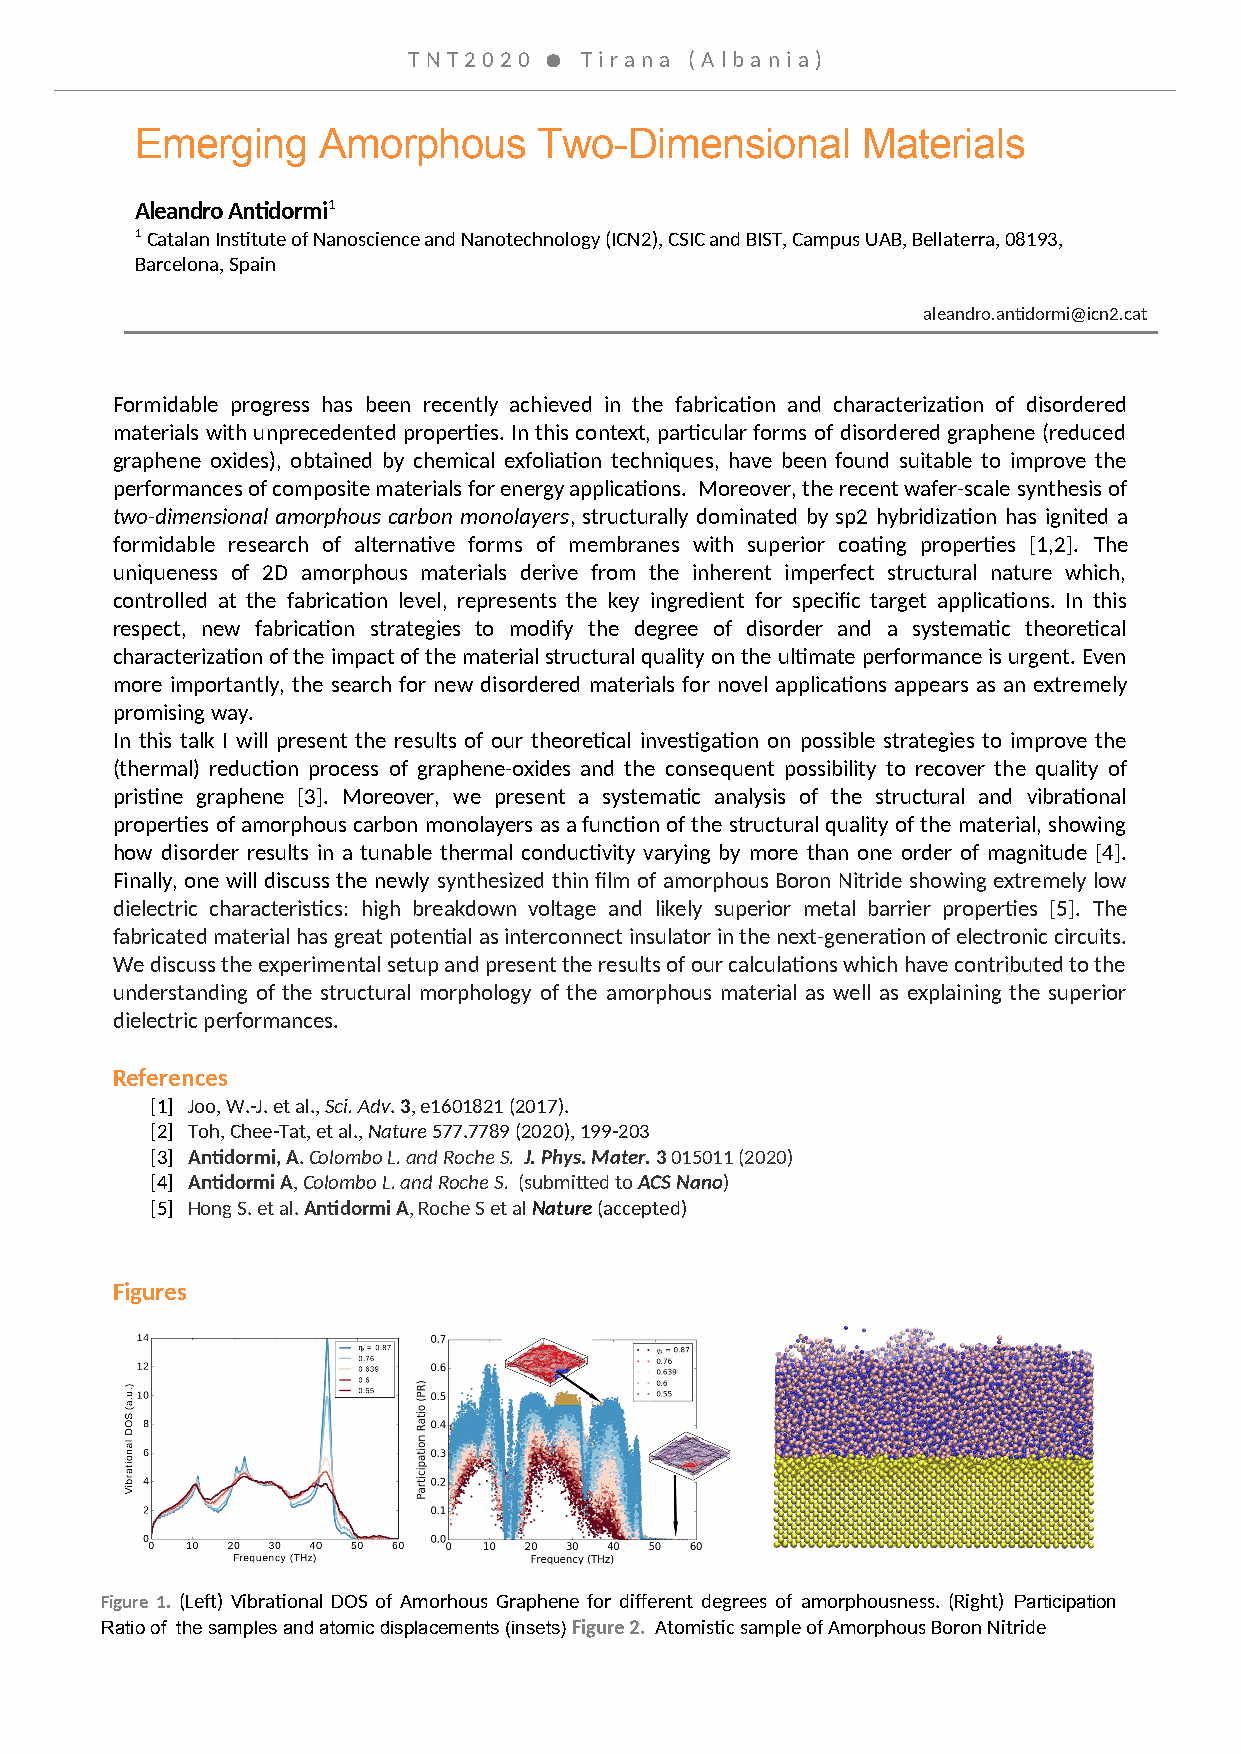
TNT 20 2 0  T ira na (A lb a n ia )
 Emerging    Amorphous      Two-Dimensional      Materials
 Aleandro Antidormi1
 1 Catalan Institute of Nanoscience and Nanotechnology (ICN2), CSIC and BIST, Campus UAB, Bellaterra, 08193,
 Barcelona, Spain
 aleandro.antidormi@icn2.cat
 Formidable progress has been recently achieved in the fabrication and characterization of disordered
 materials with unprecedented properties. In this context, particular forms of disordered graphene (reduced
 graphene oxides), obtained by chemical exfoliation techniques, have been found suitable to improve the
 performances of composite materials for energy applications. Moreover, the recent wafer-scale synthesis of
 two-dimensional amorphous carbon monolayers, structurally dominated by sp2 hybridization has ignited a
 formidable research of alternative forms of membranes with superior coating properties [1,2]. The
 uniqueness of 2D amorphous materials derive from the inherent imperfect structural nature which,
 controlled at the fabrication level, represents the key ingredient for specific target applications. In this
 respect, new fabrication strategies to modify the degree of disorder and a systematic theoretical
 characterization of the impact of the material structural quality on the ultimate performance is urgent. Even
 more importantly, the search for new disordered materials for novel applications appears as an extremely
 promising way.
 In this talk I will present the results of our theoretical investigation on possible strategies to improve the
 (thermal) reduction process of graphene-oxides and the consequent possibility to recover the quality of
 pristine graphene [3]. Moreover, we present a systematic analysis of the structural and vibrational
 properties of amorphous carbon monolayers as a function of the structural quality of the material, showing
 how disorder results in a tunable thermal conductivity varying by more than one order of magnitude [4].
 Finally, one will discuss the newly synthesized thin film of amorphous Boron Nitride showing extremely low
 dielectric characteristics: high breakdown voltage and likely superior metal barrier properties [5]. The
 fabricated material has great potential as interconnect insulator in the next-generation of electronic circuits.
 We discuss the experimental setup and present the results of our calculations which have contributed to the
 understanding of the structural morphology of the amorphous material as well as explaining the superior
 dielectric performances.
 References
 [1] Joo, W.-J. et al., Sci. Adv. 3, e1601821 (2017).
 [2] Toh, Chee-Tat, et al., Nature 577.7789 (2020), 199-203
 [3] Antidormi, A. Colombo L. and Roche S. J. Phys. Mater. 3 015011 (2020)
 [4] Antidormi A, Colombo L. and Roche S. (submitted to ACS Nano)
 [5] Hong S. et al. Antidormi A, Roche S et al Nature (accepted)
 Figures
 Figure 1. (Left) Vibrational DOS of Amorhous Graphene for different degrees of amorphousness. (Right) Participation
 Ratio of the samples and atomic displacements (insets) Figure 2. Atomistic sample of Amorphous Boron Nitride